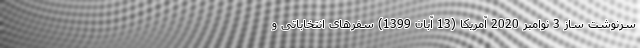
سرنوشت ساز 3 نوامبر 2020 آمریکا (13 آبان 1399) سفرهای انتخاباتی و